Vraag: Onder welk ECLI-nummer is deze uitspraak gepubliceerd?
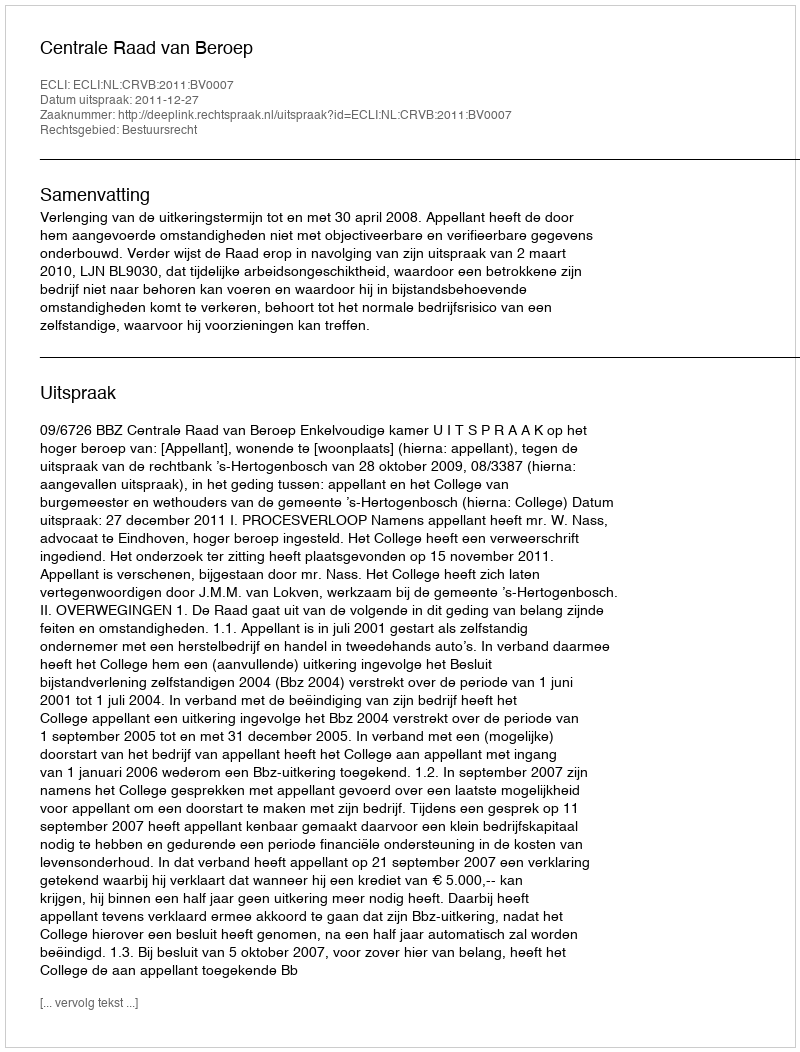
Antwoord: ECLI:NL:CRVB:2011:BV0007